Report on vaccination in Madras 1922-1929 - 1922-1929
Year: 1922
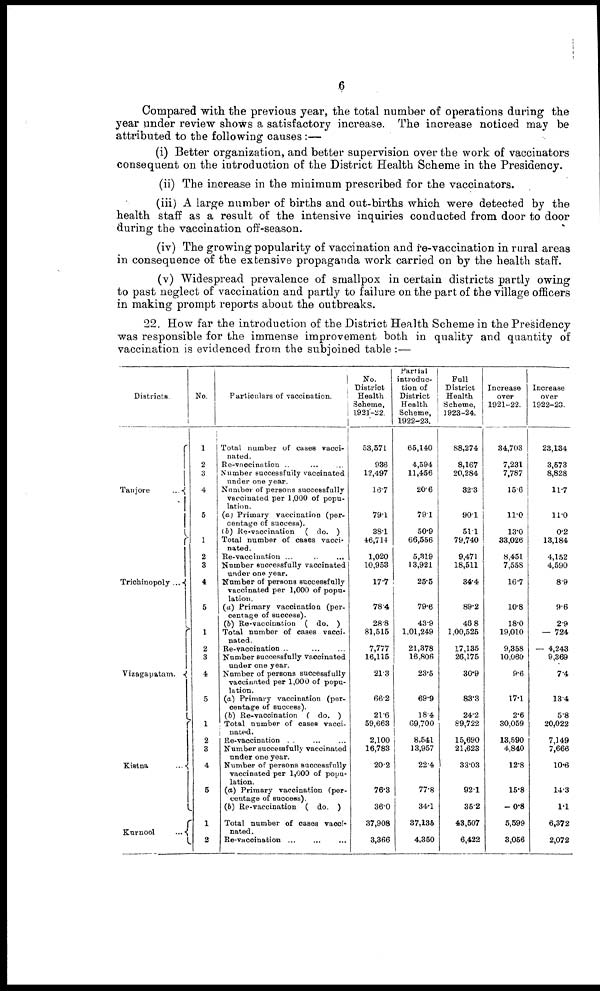
6
Compared with the previous year, the total number of operations during the
year under review shows a satisfactory increase. The increase noticed may be
attributed to the following causes:—
(i) Better organization, and better supervision over the work of vaccinators
consequent on the introduction of the District Health Scheme in the Presidency.
(ii) The increase in the minimum prescribed for the vaccinators.
(iii) A large number of births and out-births which were detected by the
health staff as a result of the intensive inquiries conducted from door to door
during the vaccination off-season.
(iv) The growing popularity of vaccination and re-vaccination in rural areas
in consequence of the extensive propaganda work carried on by the health staff.
(v) Widespread prevalence of smallpox in certain districts partly owing
to past neglect of vaccination and partly to failure on the part of the village officers
in making prompt reports about the outbreaks.
22. How far the introduction of the District Health Scheme in the Presidency
was responsible for the immense improvement both in quality and quantity of
vaccination is evidenced from the subjoined table :—
Districts.
Tanjore
...
Trichinopoly ...
Vizagapatam.
Kistna ...
Kurnool
...
No.
1
2
3
4
5
1
2
3
4
5
1
2
3
4
5
1
2
3
4
5
1
2
Particulars of vaccination.
Total number of cases vacci-
nated.
Re-vaccination ... ... ...
Number successfully vaccinated
under one year.
Number of persons successfully
vaccinated per 1,000 of popu-
lation.
(a) Primary vaccination (per-
centage of success).
(b) Re-vaccination ( do. )
Total number of cases vacci-
nated.
Re-vaccination ... ... ...
Number successfully vaccinated
under one year.
Number of persons successfully
vaccinated per 1,000 of popu-
lation.
(a) Primary vaccination (per-
centage of success).
(b) Re-vaccination ( do. )
Total number of cases vacci-
nated.
Re-vaccination ... ... ...
Number successfully vaccinated
under one year.
Number of persons successfully
vaccinated per 1,000 of popu-
lation.
(a) Primary vaccination (per-
centage of success).
(b) Re-vaccination ( do. )
Total number of cases vacci-
nated.
Re-vaccination ... ... ...
Number successfully vaccinated
under one year.
Number of persons successfully
vaccinated per 1,000 of popu-
lation.
(a) Primary vaccination (per-
centage of success).
(b) Re-vaccination ( do. )
Total number of cases vacci-
nated.
Re-vaccination ... ... ...
No.
District
Health
Scheme,
1921-22.
53,571
936
12,497
16.7
79.1
38.1
46,714
1,020
10,953
17.7
78.4
28.8
81,515
7,777
16,115
21.3
66.2
21.6
59,663
2,100
16,783
20.2
76.3
36.0
37,908
3,366
Partial
introduc-
tion of
District
Health
Scheme,
1922-23.
65,140
4,594
11,456
20.6
79.1
50.9
66,556
5,319
13,921
25.5
79.6
43.9
1,01,249
21,378
16,806
23.5
69.9
18.4
69,700
8,541
13,957
22.4
77.8
34.1
37,135
4,350
Pull
District
Health
Scheme,
1923-24.
88,274
8,167
20,284
32.3
90.1
51.1
79,740
9,471
18,511
34.4
89.2
46.8
1,00,525
17,135
26,175
30.9
83.3
24.2
89,722
15,690
21,623
33.03
92.1
35.2
43,507
6,422
Increase
over
1921-22.
34,703
7,231
7,787
15.6
11.0
13.0
33,026
8,451
7,558
16.7
10.8
18.0
19,010
9,358
10,060
9.6
17.1
2.6
30,059
13,590
4,840
12.8
15.8
—0.8
5,599
3,056
Increase
over
1922-23.
23,134
3,573
8,828
11.7
11.0
0.2
13,184
4,152
4,590
8.9
9.6
2.9
— 724
— 4,243
9,369
7.4
13.4
5.8
20,022
7,149
7,666
10.6
14.3
1.1
6,372
2,072